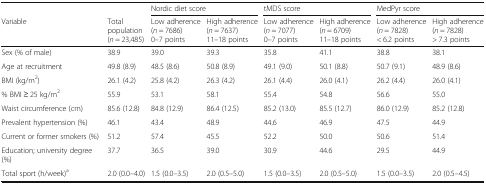
|  |  | <COLSPAN=2> Nordic diet score | <COLSPAN=2> tMDS score | <COLSPAN=2> MedPyr score |
 | Variable | Total population(n = 23,485) | Low adherence (n = 7686)0–7 points | High adherence (n = 7637)11–18 points | Low adherence (n = 7077)0–7 points | High adherence (n = 6709)11–18 points | Low adherence (n = 7828)< 6.2 points | High adherence (n = 7828)> 7.3 points |
 | --- | --- | --- | --- | --- | --- | --- | --- |
 | Sex (% of male) | 38.9 | 39.0 | 39.3 | 35.8 | 41.1 | 38.8 | 38.1 |
 | Age at recruitment | 49.8 (8.9) | 48.5 (8.6) | 50.8 (8.9) | 49.1 (9.0) | 50.1 (8.8) | 50.7 (9.1) | 48.9 (8.6) |
 | BMI (kg/m2) | 26.1 (4.2) | 25.8 (4.2) | 26.3 (4.2) | 26.1 (4.4) | 26.0 (4.1) | 26.2 (4.4) | 26.0 (4.1) |
 | % BMI ≥ 25 kg/m2 | 55.9 | 53.1 | 58.1 | 55.4 | 54.8 | 56.6 | 55.0 |
 | Waist circumference (cm) | 85.6 (12.8) | 84.8 (12.9) | 86.4 (12.5) | 85.2 (13.0) | 85.5 (12.7) | 86.0 (12.9) | 85.2 (12.8) |
 | Prevalent hypertension (%) | 46.1 | 43.4 | 48.9 | 44.6 | 46.9 | 47.5 | 44.9 |
 | Current or former smokers (%) | 51.2 | 57.4 | 45.5 | 52.2 | 50.0 | 50.6 | 51.4 |
 | Education; university degree (%) | 37.7 | 36.5 | 39.0 | 30.9 | 44.6 | 29.5 | 44.9 |
 | Total sport (h/week)a | 2.0 (0.0–4.0) | 1.5 (0.0–3.5) | 2.0 (0.5–5.0) | 1.5 (0.0–3.5) | 2.0 (0.5–5.0) | 1.5 (0.0–3.5) | 2.0 (0.5–4.5) |